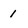
Character: 1